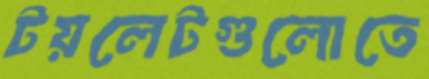
টয়লেটগুলোতে